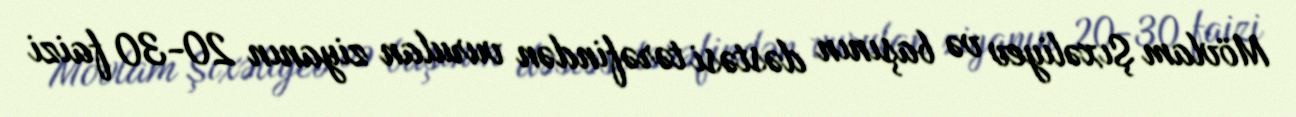
Mövlam Şıxəliyev və başının dəstəsi tərəfindən vurulan ziyanın 20-30 faizi